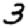
Digit: 3